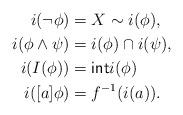
LaTeX: \begin{align*}i(\neg \phi)&=X\sim i(\phi),\\i(\phi\land \psi)&=i(\phi)\cap i(\psi),\\i(I(\phi))&={\sf int}i(\phi)\\i([a]\phi)&=f^{-1}(i(a)).\end{align*}